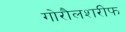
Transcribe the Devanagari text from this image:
गोरौलशरीफ